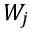
W _ { j }